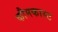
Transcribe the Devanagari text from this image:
कौमकास्ट